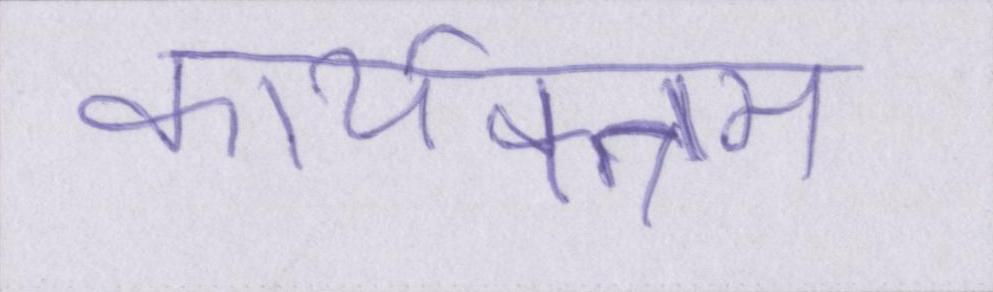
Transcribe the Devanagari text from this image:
कार्यक्त्रम